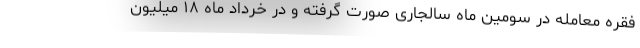
فقره معامله در سومین ماه سالجاری صورت گرفته و در خرداد ماه ۱۸ میلیون